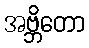
အဗ္ဘိတော